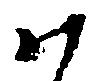
ハ